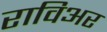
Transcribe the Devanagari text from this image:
राविअर